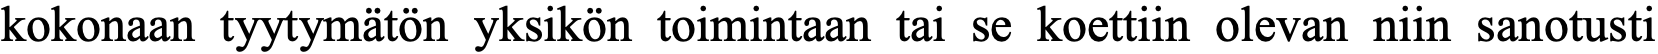
kokonaan tyytymätön yksikön toimintaan tai se koettiin olevan niin sanotusti